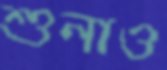
শুনাও